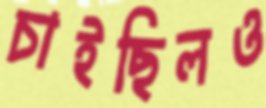
চাইছিলও